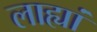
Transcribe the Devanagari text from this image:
लाह्यां